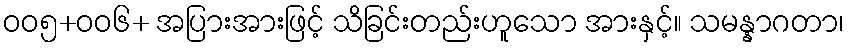
ဝဝ၅+ဝဝ၆+ အပြားအားဖြင့် သိခြင်းတည်းဟူသော အားနှင့်။ သမန္နာဂတာ၊